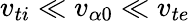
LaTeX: v_{ti}\ll v_{\alpha 0}\ll v_{te}